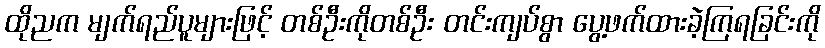
ထိုညက မျက်ရည်ပူများဖြင့် တစ်ဦးကိုတစ်ဦး တင်းကျပ်စွာ ပွေ့ဖက်ထားခဲ့ကြရခြင်းကို